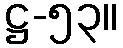
ဋ္ဌ-၅၃။